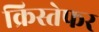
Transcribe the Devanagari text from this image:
क्रिस्तेफर